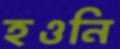
হওনি